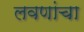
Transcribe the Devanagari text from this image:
लवणांचा